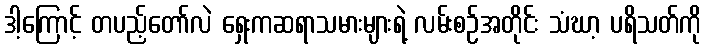
ဒါ့ကြောင့် တပည့်တော်လဲ ရှေးကဆရာသမားများရဲ့ လမ်းစဉ်အတိုင်း သံဃာ့ ပရိသတ်ကို